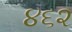
૪૬૨